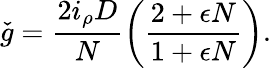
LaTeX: \check{g}=\frac{2i_{\rho}D}{N}\left(\frac{2+\epsilon N}{1+\epsilon N}\right).